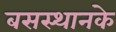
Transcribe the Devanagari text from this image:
बसस्थानके